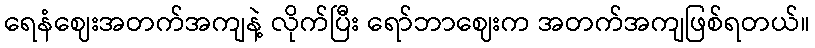
ရေနံဈေးအတက်အကျနဲ့ လိုက်ပြီး ရော်ဘာဈေးက အတက်အကျဖြစ်ရတယ်။